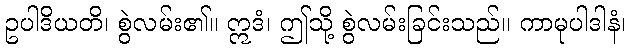
ဥပါဒိယတိ၊ စွဲလမ်း၏။ ဣဒံ၊ ဤသို့ စွဲလမ်းခြင်းသည်။ ကာမုပါဒါနံ၊